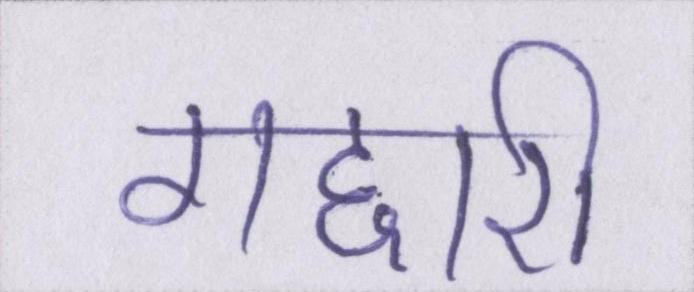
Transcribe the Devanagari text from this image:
गद्दारी